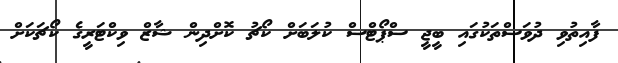
ފާއިތުވި ދުވަސްތަކުގައި ބީޖީ ސްޕޯޓްސް ކުލަބަށް ކޯޗު ކޮށްދިން ޝާޒް ވިކްޓަރީގެ ކޯޗަކަށް